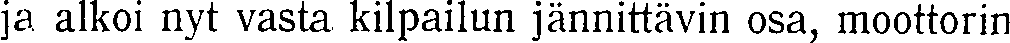
ja alkoi nyt vasta kilpailun jännittävin osa, moottorin